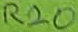
Text: R20